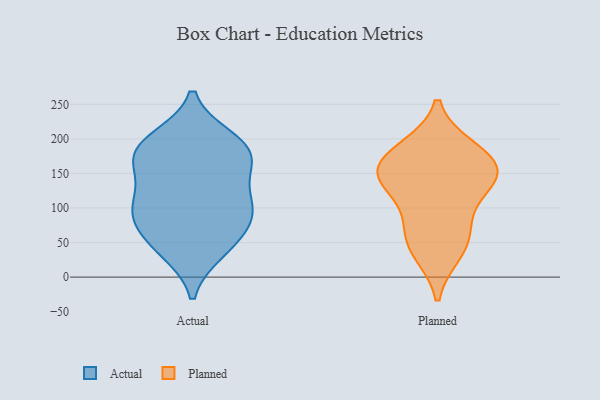
{"axis": {"x": "Latency (ms)", "y": "Value"}, "legend": ["Actual", "Planned"], "data": [{"x": "", "y": 86, "type": "Actual"}, {"x": "", "y": 107, "type": "Actual"}, {"x": "", "y": 98, "type": "Actual"}, {"x": "", "y": 79, "type": "Actual"}, {"x": "", "y": 152, "type": "Actual"}, {"x": "", "y": 187, "type": "Actual"}, {"x": "", "y": 174, "type": "Actual"}, {"x": "", "y": 178, "type": "Actual"}, {"x": "", "y": 165, "type": "Actual"}, {"x": "", "y": 198, "type": "Actual"}, {"x": "", "y": 40, "type": "Actual"}, {"x": "", "y": 37, "type": "Actual"}, {"x": "", "y": 200, "type": "Actual"}, {"x": "", "y": 123, "type": "Actual"}, {"x": "", "y": 99, "type": "Actual"}, {"x": "", "y": 56, "type": "Actual"}, {"x": "", "y": 157, "type": "Planned"}, {"x": "", "y": 187, "type": "Planned"}, {"x": "", "y": 78, "type": "Planned"}, {"x": "", "y": 163, "type": "Planned"}, {"x": "", "y": 41, "type": "Planned"}, {"x": "", "y": 187, "type": "Planned"}, {"x": "", "y": 35, "type": "Planned"}, {"x": "", "y": 140, "type": "Planned"}, {"x": "", "y": 143, "type": "Planned"}, {"x": "", "y": 127, "type": "Planned"}, {"x": "", "y": 74, "type": "Planned"}, {"x": "", "y": 150, "type": "Planned"}]}